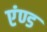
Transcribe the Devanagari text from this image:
एंण्ड